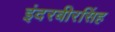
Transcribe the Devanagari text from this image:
इंदरबीरसिंह